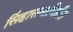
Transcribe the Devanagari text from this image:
सिंहासनाधिष्ठीत